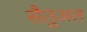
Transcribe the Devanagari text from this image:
सैतुअल